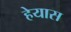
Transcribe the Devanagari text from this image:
हेयास